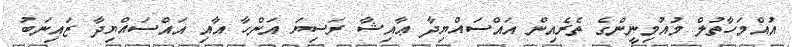
އުއްމަހާތުލް މުއުމިނީންގެ ތެރެއިން އައްސައްޔިދާ ޢާއިޝާ ރަޟިޔަ އަންހާ އާއި އައްސައްޔިދާ ޒައިނަބު